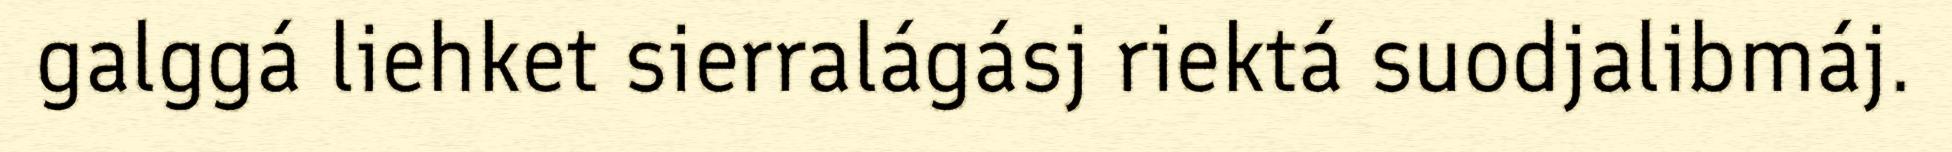
galggá liehket sierralágásj riektá suodjalibmáj.